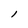
Character: l